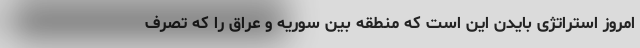
امروز استراتژی بایدن این است که منطقه بین سوریه و عراق را که تصرف